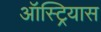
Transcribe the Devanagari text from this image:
ऑस्ट्रियास